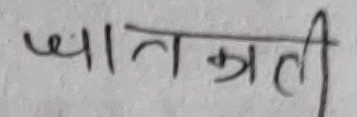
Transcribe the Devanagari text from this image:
ज्ञातक्रती